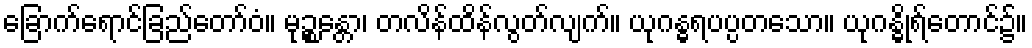
ခြောက်ရောင်ခြည်တော်ဝံ။ မုဉ္စန္တော၊ တလိန်ထိန်လွတ်လျက်။ ယုဂန္ဓရပပ္ပတသော။ ယုဂန္ဓိုရ်တောင်၌။